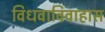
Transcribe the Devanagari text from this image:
विधवाविवाहास